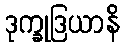
ဒုက္ခုဒြယာနိ